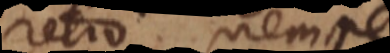
retro, nempe